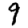
Digit: 9